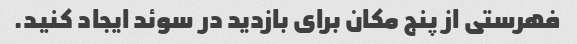
فهرستی از پنج مکان برای بازدید در سوئد ایجاد کنید.